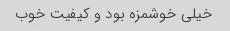
خیلی خوشمزه بود و کیفیت خوب